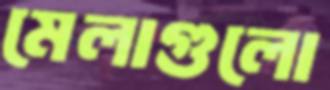
মেলাগুলো